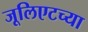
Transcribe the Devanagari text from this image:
जूलिएटच्या